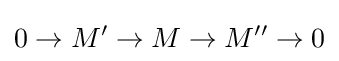
0\to M'\to M\to M''\to 0